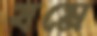
যমে